NAE_kihelkonnakohtute_kirjad_ja_protokollid_1869-1889, lk 57
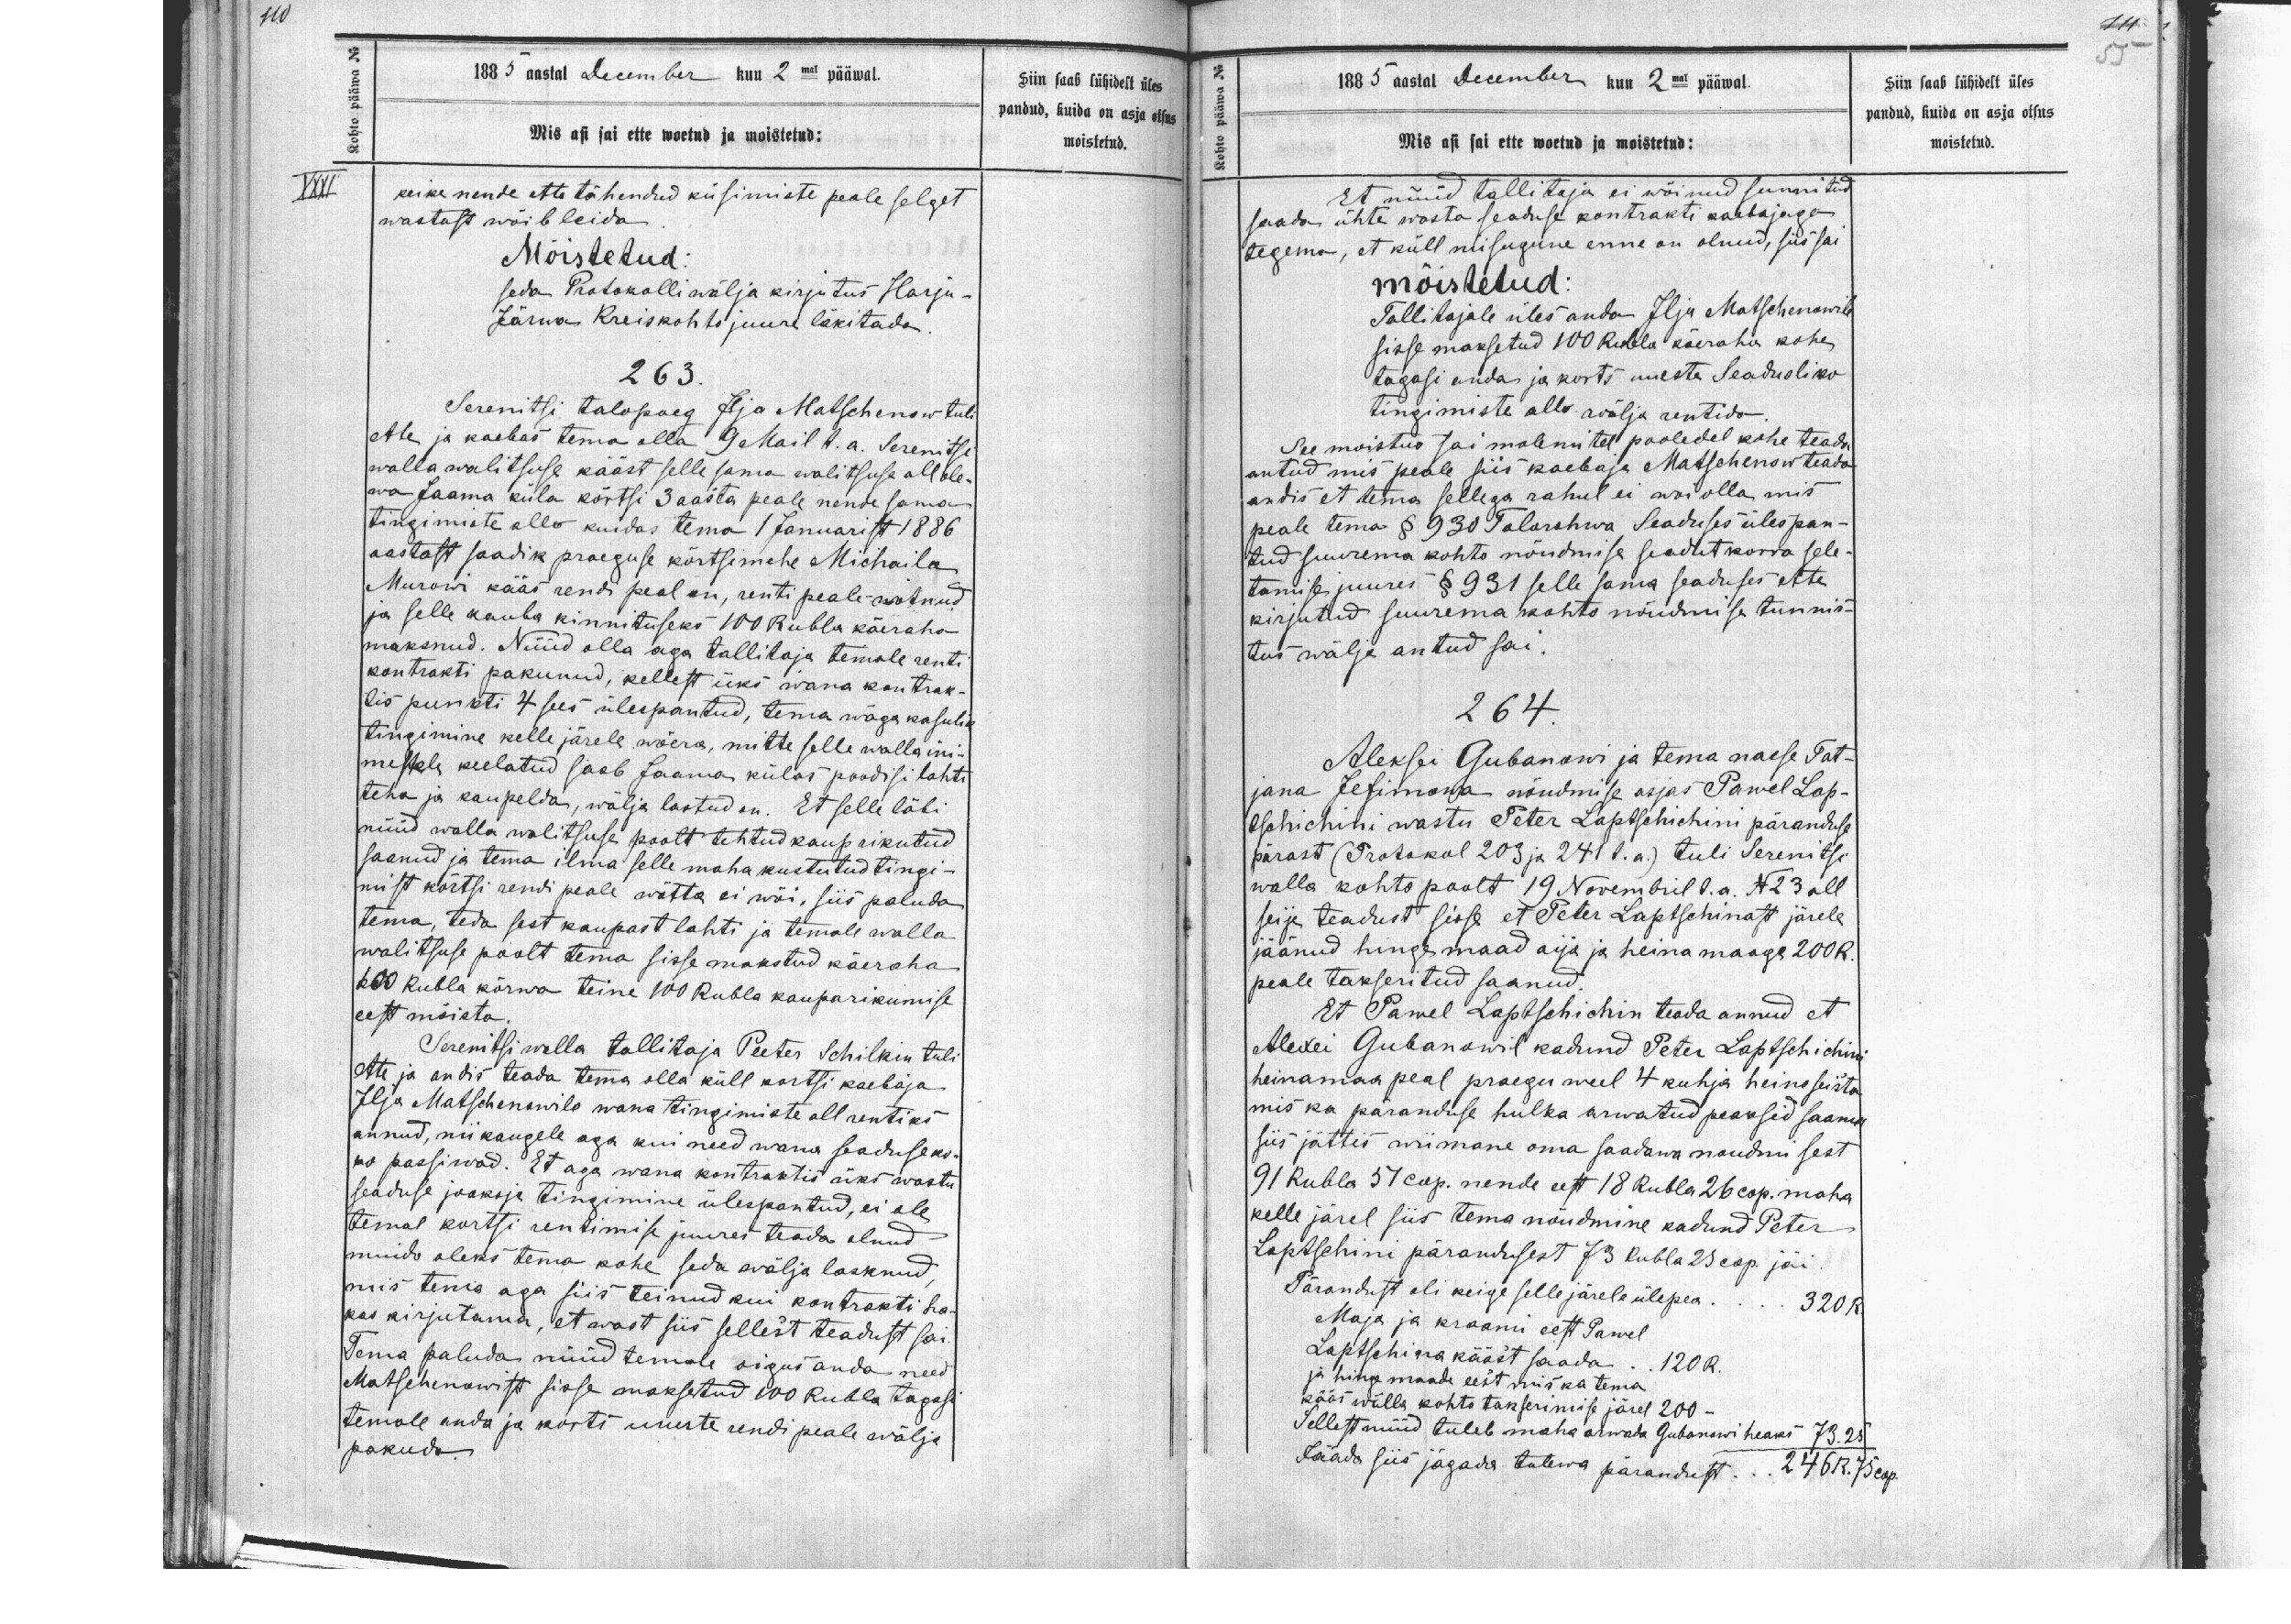
1885 aastal December kuu 2 mal pääwal.
Mis asi sai ette woetud ja moistetud:
keike nende ette tähendud kusimiste peale selget
wastust wõib leida
Mõistetud:
seda Protokolli wälja kirjutus Harju-
Järwa Kreiskohto juure läkitada.
263.
Serenitsi talopoeg Ilja Matschenow tuli
ette ja kaebas tema olla 9 Mail s.a. Serenitsi
wallawalitsuse kääst selle sama walitsuse all ole-
wa Jaama küla kõrtsi 3 aasta peale nende sama
tingimeste alla kuidas tema 1 Januarist 1886
aastast saadik praeguse kõrtsimehe Michaila,
Murow kääs rendi peal on, renti peale wõtnud
ja selle kauba kinnituseks 100 Rubla käeraha
maksnud. Nüüd olla aga tallitaja temale renti
kontrakti pakunud, kellest üks wana kontrak-
tis punkti 4 sees ülespantud, tema wäga kasulik
tingimine kelle järele wõera, mitte selle walla ini-
mestele keelatud saab Jaama külas poodisi lahti
teha ja kaupelda, wälja lastud on. Et selle läbi
nüüd walla walitsuse poolt tehtud kaup rikutud
saanud ja tema ilma selle maha kustutud tingi-
mist kõrtsi rendi peale wõtta ei woi, siis paluda
tema, teda sest kaupast lahti ja temale walla
walitsuse poolt tema sisse makstud käeraha
100 Rubla kõrwa teine 100 Rubla kauparikumise
eest mõista
Serenitsiwalla tallitaja Peeter Schilkin tuli
ette ja andis teada tema olla küll kortsi kaebaja
Ilja Matschenowile wana tingimiste all rentiks
annud, nii kaugele aga kui need wana seaduse ko-
ad passiwad. Et aga wana kontraktis üks wastu
seaduse jooksja tingimine ülespantud, ei ole
temal kortsi rentimise juures teada olnud
muidu oleks tema kohe seda wälja lasknud,
mis tema aga siis teinud kui kontrakti ha-
kas kirjutama et wast siis sellist seadust sai
Tema paluda nüüd temale oigus anda need
Matschenowist sisse maksetud 100 Rubla tagasi
temale anda ja korts uueste rendi peale wälja
pakuda

Siin saab lühidelt üles
pandud, kuida on asja otsus
moistetud.

1885 aasta December kuu 2mal pääwal.
Mis asi sai ette woetud ja moistetud:
et nüüd tallitaja ei wõinud sunnitud
saada ühte wasta seaduse kontrakti kaebajaga
tegema, et küll niisugune enne on olnud, siis sai
moistetud:
Tallitajale üles anda Ilja Matschenowile
sisse maksetud 100 Rubla käeraha kohe
tagasi anda ja korts uueste Seadusliko
tingimiste alla wälja rentida
See moistus sai molemitel pooledel kohe teada
antud mis peale siis kaebaja Matschenow teada
andis et tema sellega rahul ei woi olla, mis
peale tema § 930 Talorahwa Seaduses ülespan-
tud suurema kohto nõudmise seadut korra sele-
tamise juures § 931 selle sama seaduses ette
kirjutud suurema kohto nõudmise tunnis-
tus wälja antud sai.
264.
Aleksei Gubanowi ja tema naese Tat-
jana Jefimowa nõudmise asjas Pawel Lap-
tschichini wastu Peter Laptschichini päranduse
pärast (Protokol 203 ja 241 s.a) tuli Serenitsi
walla kohto poolt 19 Nowembril s.a. No: 23 all
seija teadust sisse et Peter Laptschinast järele
jäänud hingemaad aija ja heinamaaga 200R.
peale takseritud saanud
Et Pawel Laptschichin teada annud et
Alexei Gubanowil kadund Peter Laptschichini
heinamaa peal praegu weel 4 kuhja heine seista
mis ka päranduse hulka arwatud peaksid saama
siis jättis wiimane oma saadawa nõudnu sest
91 Rubla 37 kop. nende eest 18 Rubla 26 cop. maha
kelle järel siis tema nõudmine kadund Peter
Laptschini pärandusest 73 Rubla 25 cop jäi.
Pärandust oli keige selle järele ülepea.
Maja ja kraami eest Pawel
Laptschiga kääst saada. 120R.
ja hingemaade eest mis ka tema
kääs walla kohto takserimise järel 200
Sellest nuüd tuleb maha arwata Gubanowi heaks 7325
Jääda siis jagada tulewa pärandust... 246R. 75 cop.

Siin saab lühidelt üles
pandud, kuida on asja otsus
moistetud.